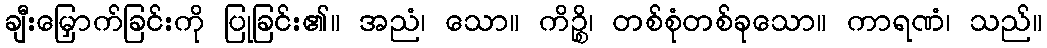
ချီးမြှောက်ခြင်းကို ပြုခြင်း၏။ အညံ၊ သော။ ကိဉ္စိ၊ တစ်စုံတစ်ခုသော။ ကာရဏံ၊ သည်။